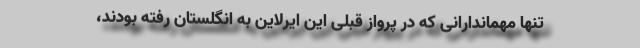
تنها مهماندارانی که در پرواز قبلی این ایرلاین به انگلستان رفته بودند،